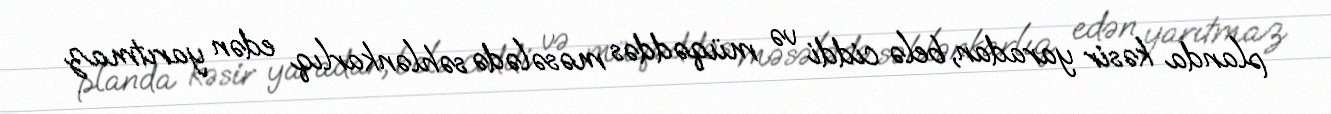
planda kəsir yaradan, belə ciddi və müqəddəs məsələdə səhlənkarlıq edən yarıtmaz